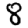
Digit: 8